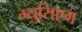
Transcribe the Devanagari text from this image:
म्युसिएम